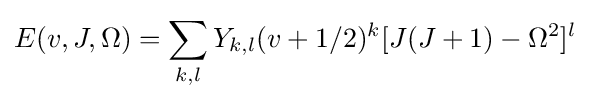
E(v,J,\Omega )=\sum _{k,l}Y_{k,l}(v+1/2)^{k}[J(J+1)-\Omega ^{2}]^{l}